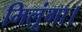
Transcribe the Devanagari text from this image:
मिलूंगा।